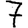
Digit: 7